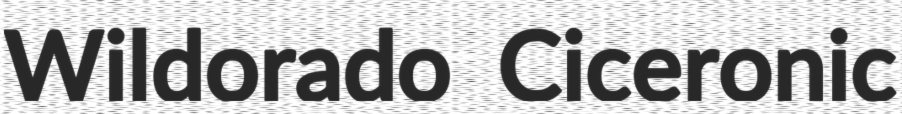
Wildorado Ciceronic